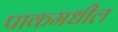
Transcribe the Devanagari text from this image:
पाकमधील